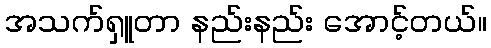
အသက်ရှူတာ နည်းနည်း အောင့်တယ်။